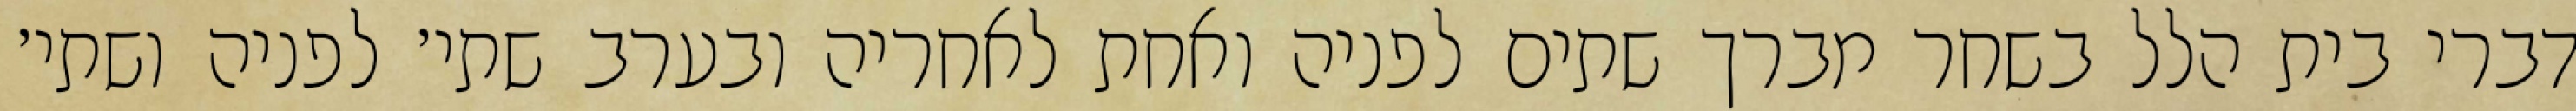
דברי בית הלל בשחר מברך שתים לפניה ואחת לאחריה ובערב שתי׳ לפניה ושתי׳